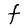
Character: F